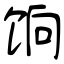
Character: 饷